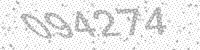
Solution: 094274